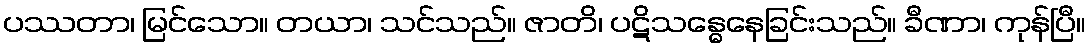
ပဿတာ၊ မြင်သော။ တယာ၊ သင်သည်။ ဇာတိ၊ ပဋိသန္ဓေနေခြင်းသည်။ ခီဏာ၊ ကုန်ပြီ။